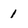
Character: 1